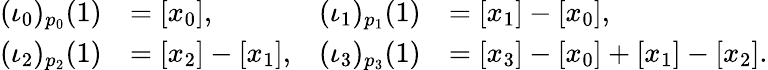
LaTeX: \begin{array}{rlrl}{(\iota_{0})_{p_{0}}(1)}&{=[x_{0}],}&{(\iota_{1})_{p_{1}}(1)}&{=[x_{1}]-[x_{0}],}\\ {(\iota_{2})_{p_{2}}(1)}&{=[x_{2}]-[x_{1}],}&{(\iota_{3})_{p_{3}}(1)}&{=[x_{3}]-[x_{0}]+[x_{1}]-[x_{2}].}\end{array}